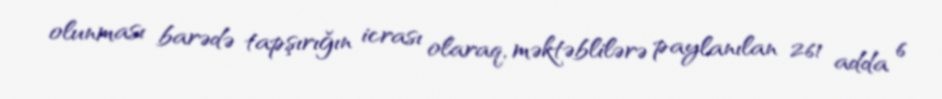
olunması barədə tapşırığın icrası olaraq, məktəblilərə paylanılan 261 adda 6